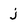
Character: j